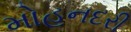
મોહનદરી